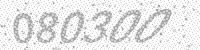
Solution: 080300